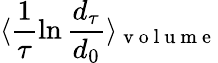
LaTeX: \langle\frac{1}{\tau}\ln\frac{d_{\tau}}{d_{0}}\rangle_{\mathrm{~v~o~l~u~m~e~}}